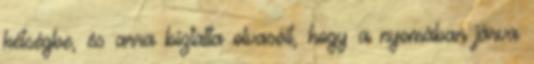
kétségbe, és arra biztatta olvasóit, hogy a nyomában járva